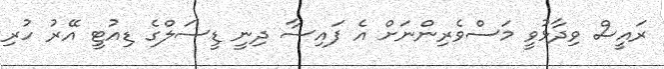
ރައީސް ވިދާޅުވީ މަސްވެރިންނަށް އެ ފައިސާ ދިނީ ޑީސަލްގެ ޑިއުޓީ އޭރު ހުރި